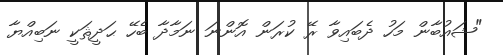
"ޝައުބާން މަހު ދެބައިވާ ރޭ ކުރަން އޮންނަ ނަމާދާ ބެހޭ ޙަދީޘަކީ ނަބިއްޔާ